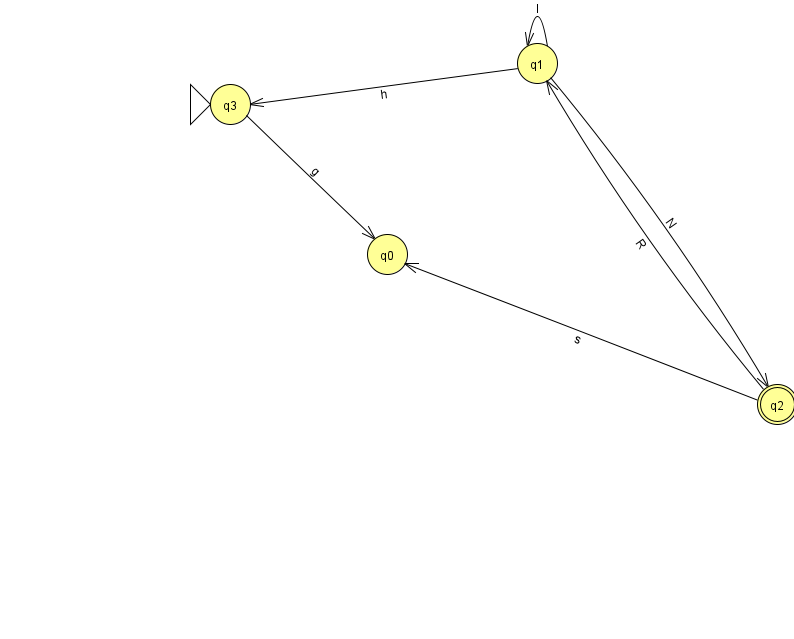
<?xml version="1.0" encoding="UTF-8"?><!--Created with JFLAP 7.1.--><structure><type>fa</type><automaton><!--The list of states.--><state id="0" name="q0"><x>387.0</x><y>241.0</y></state><state id="1" name="q1"><x>537.0</x><y>50.0</y></state><state id="2" name="q2"><x>777.0</x><y>391.0</y><final/></state><state id="3" name="q3"><x>230.0</x><y>91.0</y><initial/></state><!--The list of transitions.--><transition><from>2</from><to>0</to><read>s</read></transition><transition><from>2</from><to>1</to><read>R</read></transition><transition><from>3</from><to>0</to><read>g</read></transition><transition><from>1</from><to>3</to><read>h</read></transition><transition><from>1</from><to>1</to><read>I</read></transition><transition><from>1</from><to>2</to><read>N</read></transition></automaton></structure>